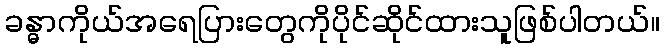
ခန္ဓာကိုယ်အရေပြားတွေကိုပိုင်ဆိုင်ထားသူဖြစ်ပါတယ်။